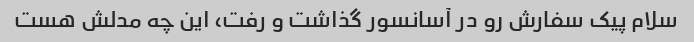
سلام پیک سفارش رو در آسانسور گذاشت و رفت، این چه مدلش هست